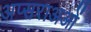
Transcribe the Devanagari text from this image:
अप्सराअओं